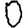
Digit: 0